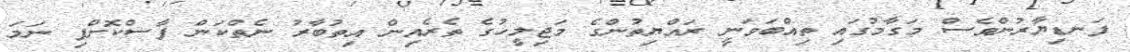
ފަނޑިޔާރުންވެސް މަގާމުގައި ތިއްބަވަނީ ރައްޔިތުންގެ މަޖިލީހުގެ ތެރެއިން އިތުބާރު ނެތްކަން ފާސްކޮށްފި ނަމަ